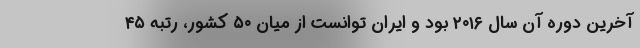
آخرین دوره آن سال ۲۰۱۶ بود و ایران توانست از میان ۵٠ کشور، رتبه ۴۵